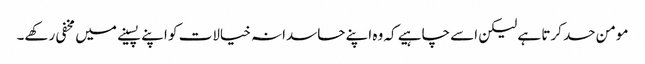
مومن حسد کرتا ہے لیکن اسے چاہیے کہ وہ اپنے حاسدانہ خیالات کو اپنے پسینے میں مخفی رکھے۔